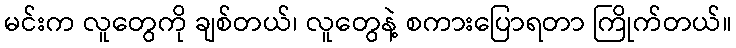
မင်းက လူတွေကို ချစ်တယ်၊ လူတွေနဲ့ စကားပြောရတာ ကြိုက်တယ်။